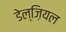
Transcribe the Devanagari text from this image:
डेल्ज़ियल